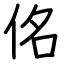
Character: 佲